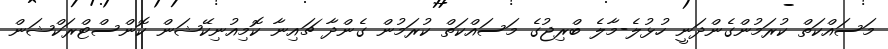
މަސައްކަތް ކުރަމުންގެންދަނީ ހުޅުލެ-މާލެ ބްރިޖުގެ މަސައްކަތް ކުރަމުން ގެންދާ ޗައިނާ ކޮމިއުނިކޭޝަން ކޮންސްޓްރަކްޝަން